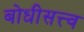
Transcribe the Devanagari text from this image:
बोधीसत्त्व